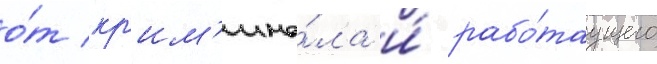
о́т кр'им'ина́ла и́ рабо́таущего